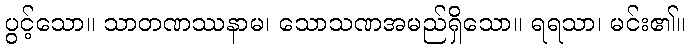
ပွင့်သော။ သာတဏဿနာမ၊ သောသဏအမည်ရှိသော။ ရရသာ၊ မင်း၏။